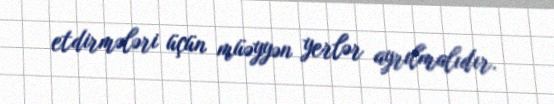
etdirmələri üçün müəyyən yerlər ayrılmalıdır.